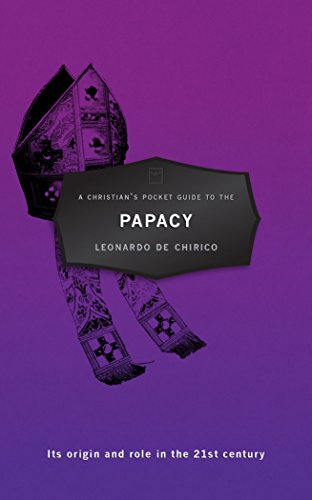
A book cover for A Christian's Pocket Guide to the Papacy: Its origin and role in the 21st century; Leonardo De Chirico; Christian Books & Bibles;